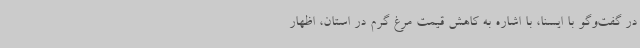
در گفت‌وگو با ایسنا، با اشاره به کاهش قیمت مرغ گرم در استان، اظهار